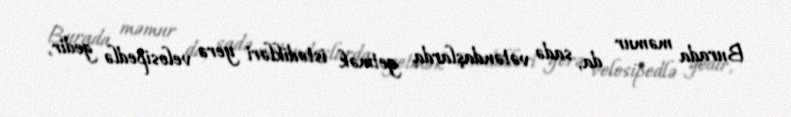
Burada məmur da, sadə vətəndaşlarda getmək istədikləri yerə velosipedlə gedir,